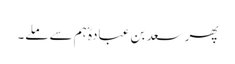
پھر سعد بن عبادہؓ ہم سے ملے۔